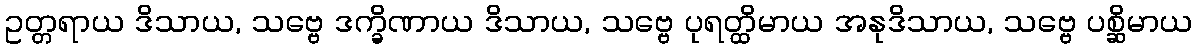
ဥတ္တရာယ ဒိသာယ, သဗ္ဗေ ဒက္ခိဏာယ ဒိသာယ, သဗ္ဗေ ပုရတ္ထိမာယ အနုဒိသာယ, သဗ္ဗေ ပစ္ဆိမာယ